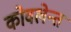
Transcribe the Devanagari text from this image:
कोवलेन्त